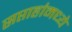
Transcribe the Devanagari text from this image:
सप्ताहांमध्ये